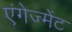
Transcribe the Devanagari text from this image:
एंगेज्मेंट